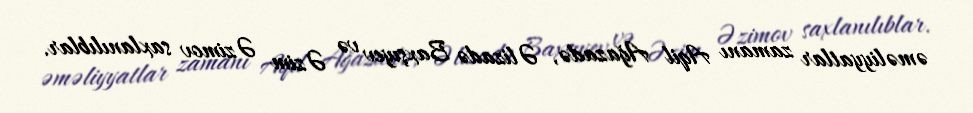
əməliyyatlar zamanı Aqil Ağazadə, Əlizadə Baxşıyev və Əzim Əzimov saxlanılıblar.